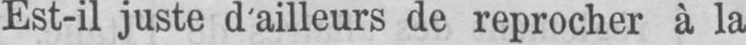
Est-il juste d’ailleurs de reprocher à la